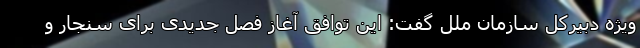
ویژه دبیرکل سازمان ملل گفت: این توافق آغاز فصل جدیدی برای سنجار و